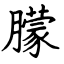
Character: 朦